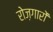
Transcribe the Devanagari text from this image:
रोज़गारों